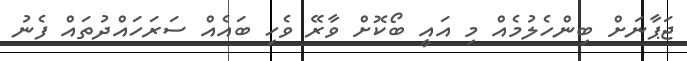
ޖަޕާނަށް ބިންހެލުމެއް މި އައީ ބޯކޮށް ވާރޭ ވެހި ބައެއް ސަރަހައްދުތައް ފެނު